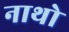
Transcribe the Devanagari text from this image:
नाथो